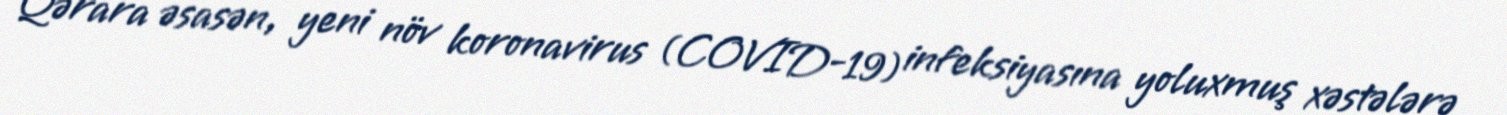
Qərara əsasən, yeni növ koronavirus (COVID-19) infeksiyasına yoluxmuş xəstələrə